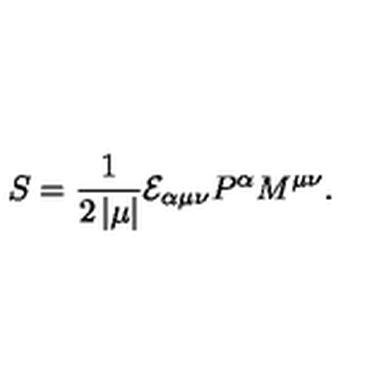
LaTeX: S = \frac 1 { 2 \left| \mu \right| } { \cal E } _ { \alpha \mu \nu } P ^ { \alpha } M ^ { \mu \nu } .